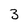
Character: 3